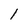
Character: l